Serum-therapy of plague in India - Number 20
Disease focus: Plague
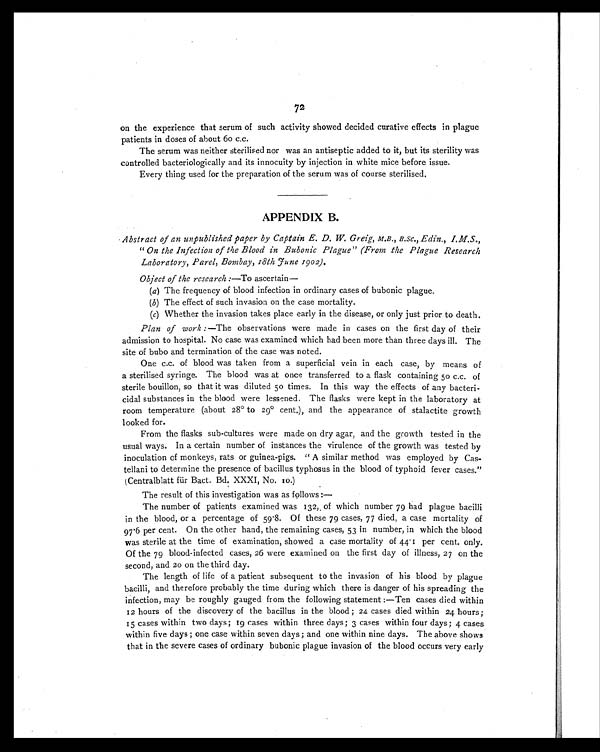
72
on the experience that serum of such activity showed decided curative effects in plague
patients in doses of about 60 c.c.
The serum was neither sterilised nor was an antiseptic added to it, but its sterility was
controlled bacteriologically and its innocuity by injection in white mice before issue.
Every thing used for the preparation of the serum was of course sterilised.
APPENDIX B.
Abstract of an unpublished paper by Captain E. D. W. Greig, M.B., B.Sc., Edin., I.M.S.,
"On the Infection of the Blood in Bubonic Plague" (From the Plague Research
Laboratory, Parel, Bombay, 18th June 1902).
Object of the research:—To ascertain—
(a) The frequency of blood infection in ordinary cases of bubonic plague.
(b) The effect of such invasion on the case mortality.
(c) Whether the invasion takes place early in the disease, or only just prior to death.
Plan of work: —The observations were made in cases on the first day of their
admission to hospital. No case was examined which had been more than three days ill. The
site of bubo and termination of the case was noted.
One c.c. of blood was taken from a superficial vein in each case, by means of
a sterilised syringe. The blood was at once transferred to a flask containing 50 c.c. of
sterile bouillon, so that it was diluted 50 times. In this way the effects of any bacteri-
cidal substances in the blood were lessened. The flasks were kept in the laboratory at
room temperature (about 28º to 29º cent.), and the appearance of stalactite growth
looked for.
From the flasks sub-cultures were made on dry agar, and the growth tested in the
usual ways. In a certain number of instances the virulence of the growth was tested by
inoculation of monkeys, rats or guinea-pigs. "A similar method was employed by Cas-
tellani to determine the presence of bacillus typhosus in the blood of typhoid fever cases."
(Centralblatt für Bact. Bd. XXXI, No. 10.)
The result of this investigation was as follows:—
The number of patients examined was 132, of which number 79 had plague bacilli
in the blood, or a percentage of 59.8. Of these 79 cases, 77 died, a case mortality of
97.6 per cent. On the other hand, the remaining cases, 53 in number, in which the blood
was sterile at the time of examination, showed a case mortality of 44.1 per cent. only.
Of the 79 blood-infected cases, 26 were examined on the first day of illness, 27 on the
second, and 20 on the third day.
The length of life of a patient subsequent to the invasion of his blood by plague
bacilli, and therefore probably the time during which there is danger of his spreading the
infection, may be roughly gauged from the following statement:—Ten cases died within
12 hours of the discovery of the bacillus in the blood ; 24 cases died within 24 hours ;
15 cases within two days ; 19 cases within three days; 3 cases within four days; 4 cases
within five days ; one case within seven days ; and one within nine days. The above shows
that in the severe cases of ordinary bubonic plague invasion of the blood occurs very early